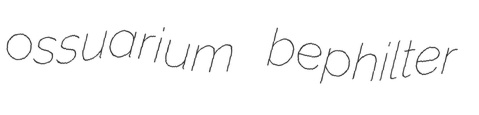
ossuarium bephilter